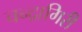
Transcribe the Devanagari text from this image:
चन्द्रागिरी